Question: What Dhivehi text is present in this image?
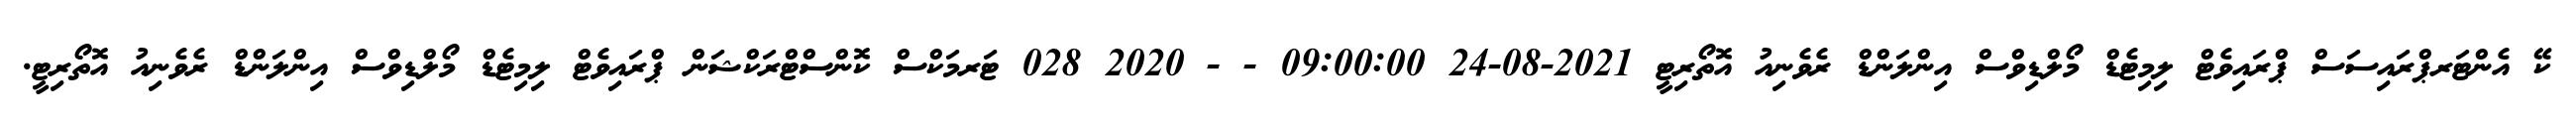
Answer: ކޭ އެންޓަރޕްރައިސަސް ޕްރައިވެޓް ލިމިޓެޑް މޯލްޑިވްސް އިންލަންޑް ރެވެނިއު އޮތޯރިޓީ 2021-08-24 09:00:00 - - 2020 028 ޓަރމަކްސް ކޮންސްޓްރަކްޝަން ޕްރައިވެޓް ލިމިޓެޑް މޯލްޑިވްސް އިންލަންޑް ރެވެނިއު އޮތޯރިޓީ.